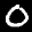
Label: 0